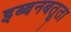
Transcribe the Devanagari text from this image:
इब्बनबतूता